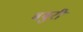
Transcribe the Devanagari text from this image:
बबुरी